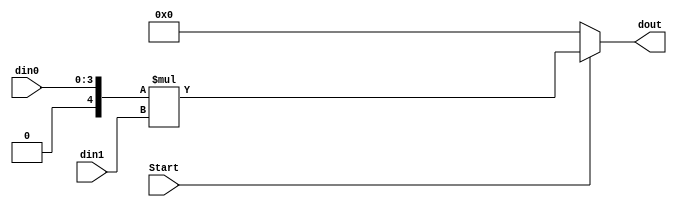
`timescale 1ns / 1ps
//////////////////////////////////////////////////////////////////////////////////
// Company: 
// Engineer: 
// 
// Design Name: 
// Module Name: Multiplicator
// Project Name: 
// Target Devices: 
// Tool Versions: 
// Description: 
// 
// Dependencies: 
// 
// Revision:
// Revision 0.01 - File Created
// Additional Comments:
// 
//////////////////////////////////////////////////////////////////////////////////

module Multiplicator( //   
    Start, din0, din1, dout
);

parameter INPUT = 4;
parameter FILTER = 4;

input Start; //1bit input
input [INPUT-1:0] din0; //4bit input
input signed [INPUT-1:0] din1; //4bit input
output signed [INPUT+FILTER-1:0] dout; //8bit output

//Start 1, Image Filter   
assign dout = Start ? $signed({1'b0, din0}) * $signed(din1) : 0;

endmodule